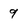
Character: 9